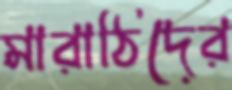
মারাঠিদের